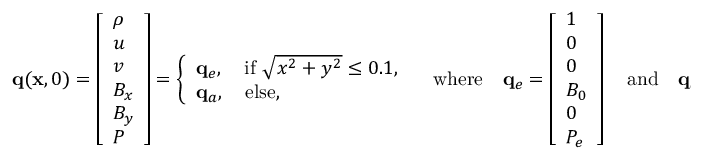
\mathbf { q } ( \mathbf { x } , 0 ) = \left[ \begin{array} { l } { \rho } \\ { u } \\ { v } \\ { B _ { x } } \\ { B _ { y } } \\ { P } \end{array} \right] = \left\{ \begin{array} { l l } { \mathbf { q } _ { e } , \quad \mathrm { i f } \ \sqrt { x ^ { 2 } + y ^ { 2 } } \leq 0 . 1 , } \\ { \mathbf { q } _ { a } , \quad \mathrm { e l s e } , } \end{array} \right. \quad \mathrm { w h e r e } \quad \mathbf { q } _ { e } = \left[ \begin{array} { l } { 1 } \\ { 0 } \\ { 0 } \\ { B _ { 0 } } \\ { 0 } \\ { P _ { e } } \end{array} \right] \quad \mathrm { a n d } \quad \mathbf { q } _ { a } = \left[ \begin{array} { l } { 1 } \\ { 0 } \\ { 0 } \\ { B _ { 0 } } \\ { 0 } \\ { P _ { a } } \end{array} \right] .